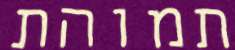
תמוהת